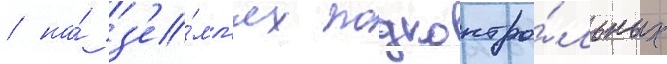
/ на́ з'е́мл'ях подконтро́льных